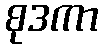
စုဒကာ